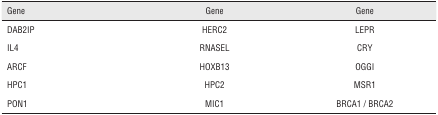
<table><thead><tr><td><b>Gene</b></td><td><b>Gene</b></td><td><b>Gene</b></td></tr></thead><tbody><tr><td>DAB2IP</td><td>HERC2</td><td>LEPR</td></tr><tr><td>IL4</td><td>RNASEL</td><td>CRY</td></tr><tr><td>ARCF</td><td>HOXB13</td><td>OGGI</td></tr><tr><td>HPC1</td><td>HPC2</td><td>MSR1</td></tr><tr><td>PON1</td><td>MIC1</td><td>BRCA1 / BRCA2</td></tr></tbody></table>